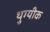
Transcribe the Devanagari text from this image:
थुग्यीक